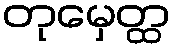
တုမှေတ္ထ